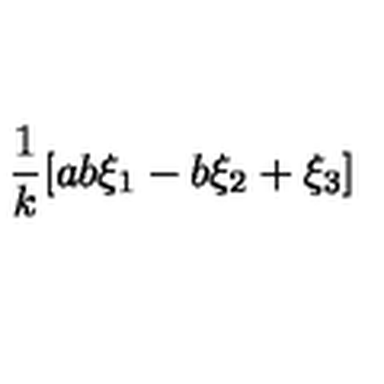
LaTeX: \frac { 1 } { k } [ a b \xi _ { 1 } - b \xi _ { 2 } + \xi _ { 3 } ]